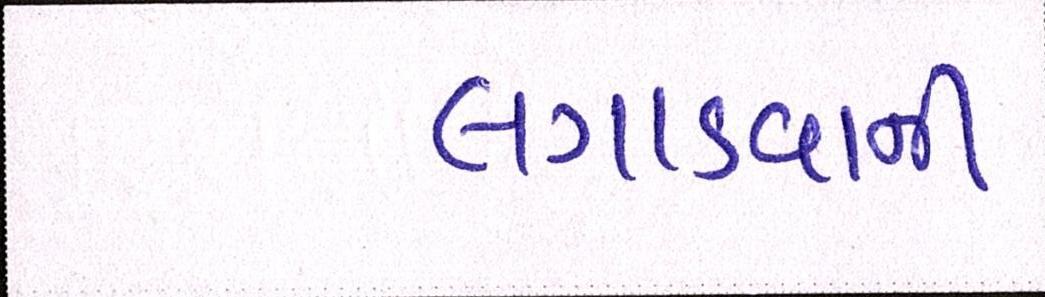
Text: લગાડવાની